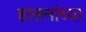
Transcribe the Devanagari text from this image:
हासनांच्या